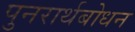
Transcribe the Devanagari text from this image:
पुनरार्थबोधन